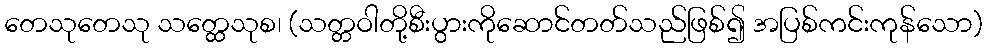
တေသုတေသု သတ္ထေသုစ၊ (သတ္တဝါတို့စီးပွားကိုဆောင်တတ်သည်ဖြစ်၍ အပြစ်ကင်းကုန်သော)